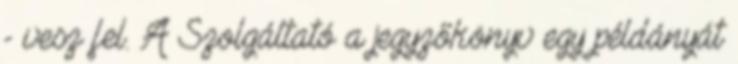
- vesz fel. A Szolgáltató a jegyzőkönyv egy példányát